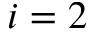
i = 2